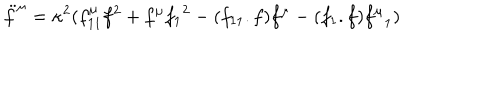
\ddot { f } ^ { \mu } = \kappa ^ { 2 } ( f _ { 1 1 } ^ { \mu } f ^ { 2 } + f ^ { \mu } { f _ { 1 } } ^ { 2 } - ( f _ { 1 1 } . f ) f ^ { \mu } - ( f _ { 1 } . f ) { f ^ { \mu } } _ { 1 } )